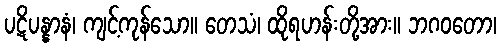
ပဋိပန္နာနံ၊ ကျင့်ကုန်သော။ တေသံ၊ ထိုရဟန်းတို့အား။ ဘဂဝတော၊